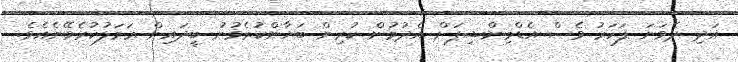
އަދި ދެވަނަ ފަހަރު ވެސް އެޑްމިންޝިޕަށް އެދުމުން ކުރިން ބަޔާންކުރެވުނު ބީދައިން ޢަމަލުކުރެވޭނެއެވެ.